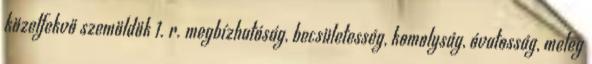
közelfekvő szemöldök 1. r. megbízhatóság, becsületesség, komolyság, óvatosság, meleg